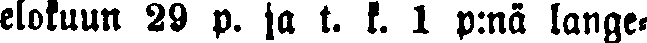
elokuun 29 p. ja t. k. 1 p:nä lange-